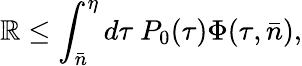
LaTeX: \mathbb{R}\leq\int_{\bar{{n}}}^{\eta}d\tau~P_{0}(\tau)\Phi(\tau,\bar{{n}}),